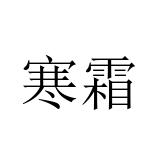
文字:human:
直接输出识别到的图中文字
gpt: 寒霜